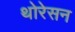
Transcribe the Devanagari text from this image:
थोरेसन